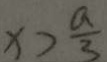
x > \frac { a } { 3 }